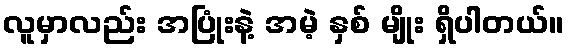
လူမှာလည်း အပြုံးနဲ့ အမဲ့ နှစ် မျိုး ရှိပါတယ်။